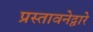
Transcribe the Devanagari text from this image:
प्रस्तावनेद्वारे